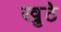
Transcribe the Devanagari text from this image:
खुठे